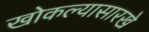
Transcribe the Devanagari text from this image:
खोकल्यासारखे